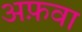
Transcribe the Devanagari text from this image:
अफ़वा